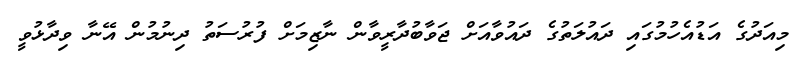
މިއަދުގެ އަޑުއެހުމުގައި ދައުލަތުގެ ދައުވާއަށް ޖަވާބުދާރީވާން ނާޒިމަށް ފުރުސަތު ދިނުމުން އޭނާ ވިދާޅުވީ